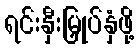
ရင်းနှီးမြှုပ်နှံဖို့